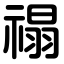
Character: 禢